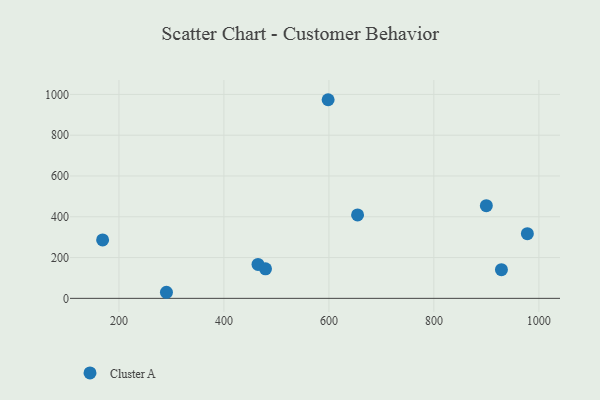
{"axis": {"x": "Experience", "y": "Demand"}, "legend": ["Cluster A"], "data": [{"x": "464.9", "y": 166.6, "type": "Cluster A"}, {"x": "928.7", "y": 140.4, "type": "Cluster A"}, {"x": "899.9", "y": 454.7, "type": "Cluster A"}, {"x": "654.6", "y": 409.3, "type": "Cluster A"}, {"x": "168.9", "y": 286.6, "type": "Cluster A"}, {"x": "479.2", "y": 144.9, "type": "Cluster A"}, {"x": "598.5", "y": 974.0, "type": "Cluster A"}, {"x": "978.1", "y": 317.0, "type": "Cluster A"}, {"x": "290.5", "y": 29.8, "type": "Cluster A"}]}